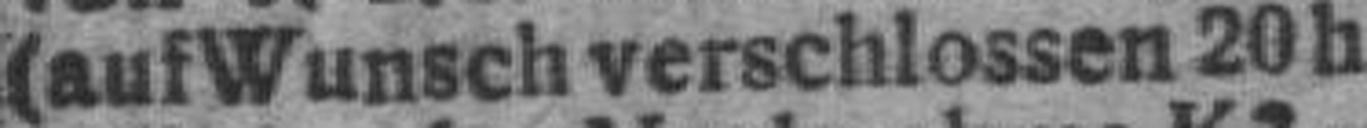
(auf Wunsch verschlossen 20 h